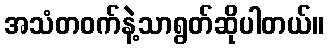
အသံတဝက်နဲ့သာရွတ်ဆိုပါတယ်။